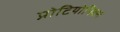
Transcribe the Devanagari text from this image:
प्रोटियोमिक्स